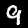
Digit: 9